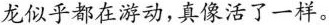
龙似乎都在游动，真像活了一样。